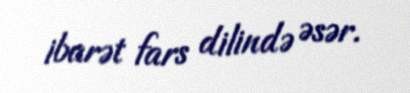
ibarət fars dilində əsər.